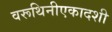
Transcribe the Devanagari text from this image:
वरूथिनीएकादशी